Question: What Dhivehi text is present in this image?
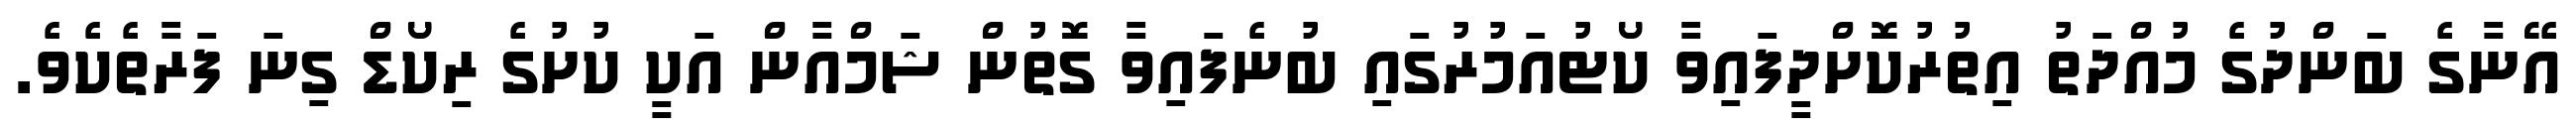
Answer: އޭނާގެ ބަންދުގެ މުއްދަތު އިތުރުކޮށްދީފައިވާ ކޯޓުއަމުރުގައި ބުނެފައިވާ ގޮތުން ޝަމްއާން އަކީ ކުށުގެ ރިކޯޑް ގިނަ ފަރާތެކެވެ.